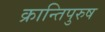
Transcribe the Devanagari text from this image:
क्रान्तिपुरुष